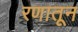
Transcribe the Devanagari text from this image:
रणातून